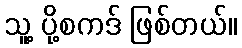
သူ့ ပို့စကဒ် ဖြစ်တယ်။